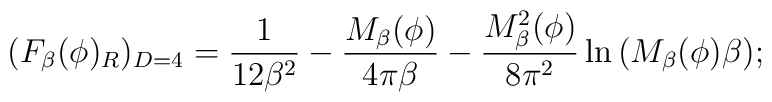
(F_{\beta}(\phi)_R)_{D=4}= \frac{1}{12\beta^2}-\frac {M_{\beta}(\phi)}{4\pi \beta }-\frac{M_{\beta}^2(\phi)}{8\pi^2}\ln {(M_{\beta}(\phi)\beta)};